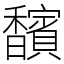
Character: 馪